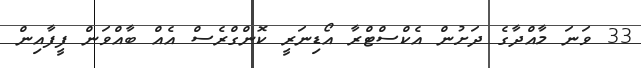
33 ވަނަ މާއްދާގެ ދަށުން އެކްސްޓްރާ އޯޑިނަރީ ކޮންގްރެސް އެއް ބާއްވަން ފީފާއިން